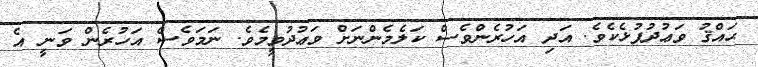
ޙައްޤު ވަޢުދުފުޅެކެވެ. އަދި އަހުރެންވެސް ކަލެމެންނަށް ވަޢުދުވީމެވެ. ނަމަވެސް އަހުރެން ވަނީ އެ